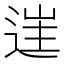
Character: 𨓹